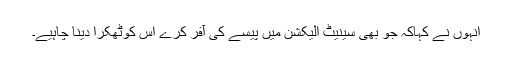
انہوں نے کہاکہ جو بھی سینیٹ الیکشن میں پیسے کی آفر کرے اس کوٹھکرا دینا چاہیے۔